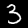
Label: 3